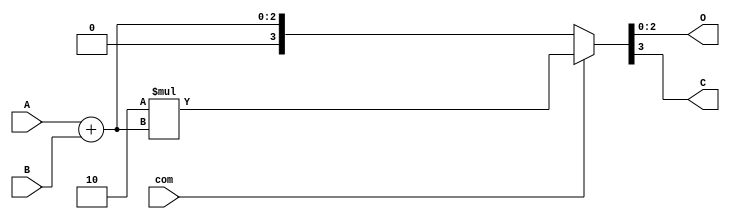
module alu (input com,
            input [1:0] A,
            input [1:0] B,
            output [2:0] O,
            output C);
    wire [3:0] O4;
    
    assign O4 = (com == 0) ? A + B : 2'b10 * (A + B);
    assign O  = O4[2:0];
    assign C  = O4[3];
endmodule
    
module testbench;
    reg [1:0] a, b;
    reg com;
    wire [2:0] out;
    wire c;
    
    initial begin
        $monitor("com:%b A:%b B:%b O:%b C:%b", com, a, b, out, c);
        com <= 1'b0;
        a   <= 2'b0;
        b   <= 2'b0;
        #30 $finish;
    end
    
    always #5 com <= ~com;
    always begin
        #1 a <= a + 1'b1;
        #1 b <= b + 1'b1;
    end
    
    alu inst0 (com, a, b, out, c);
endmodule